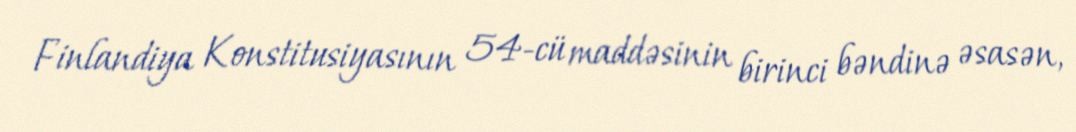
Finlandiya Konstitusiyasının 54-cü maddəsinin birinci bəndinə əsasən,